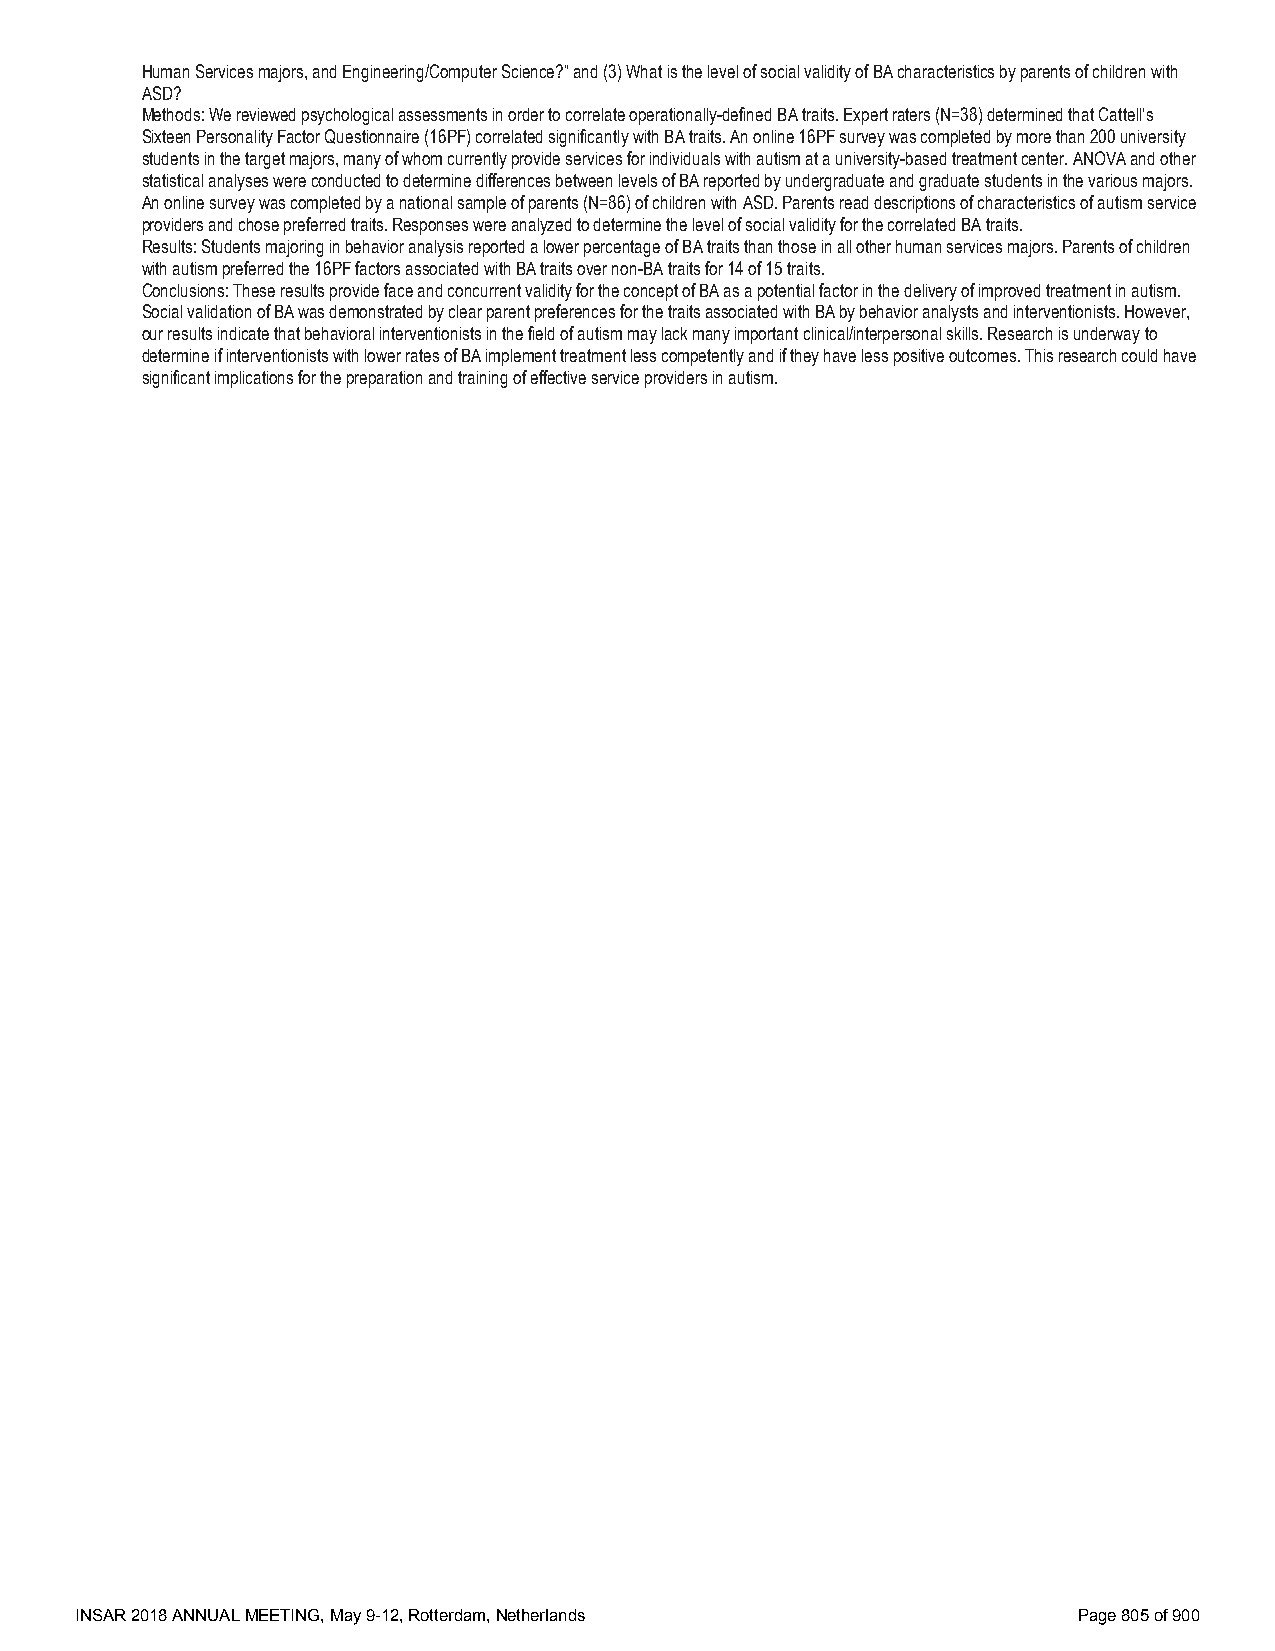
Human Services majors, and Engineering/Computer Science?” and (3) What is the level of social validity of BA characteristics by parents of children with
 ASD?
 Methods: We reviewed psychological assessments in order to correlate operationally-defined BA traits. Expert raters (N=38) determined that Cattell’s
 Sixteen Personality Factor Questionnaire (16PF) correlated significantly with BA traits. An online 16PF survey was completed by more than 200 university
 students in the target majors, many of whom currently provide services for individuals with autism at a university-based treatment center. ANOVA and other
 statistical analyses were conducted to determine differences between levels of BA reported by undergraduate and graduate students in the various majors.
 An online survey was completed by a national sample of parents (N=86) of children with ASD. Parents read descriptions of characteristics of autism service
 providers and chose preferred traits. Responses were analyzed to determine the level of social validity for the correlated BA traits.
 Results: Students majoring in behavior analysis reported a lower percentage of BA traits than those in all other human services majors. Parents of children
 with autism preferred the 16PF factors associated with BA traits over non-BA traits for 14 of 15 traits.
 Conclusions: These results provide face and concurrent validity for the concept of BA as a potential factor in the delivery of improved treatment in autism.
 Social validation of BA was demonstrated by clear parent preferences for the traits associated with BA by behavior analysts and interventionists. However,
 our results indicate that behavioral interventionists in the field of autism may lack many important clinical/interpersonal skills. Research is underway to
 determine if interventionists with lower rates of BA implement treatment less competently and if they have less positive outcomes. This research could have
 significant implications for the preparation and training of effective service providers in autism.
 INSAR 2018 ANNUAL MEETING, May 9-12, Rotterdam, Netherlands       Page 805 of 900